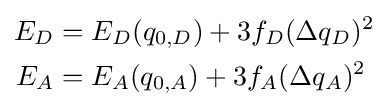
{\begin{aligned}E_{D}&=E_{D}(q_{0,D})+3f_{D}(\Delta q_{D})^{2}\\E_{A}&=E_{A}(q_{0,A})+3f_{A}(\Delta q_{A})^{2}\end{aligned}}